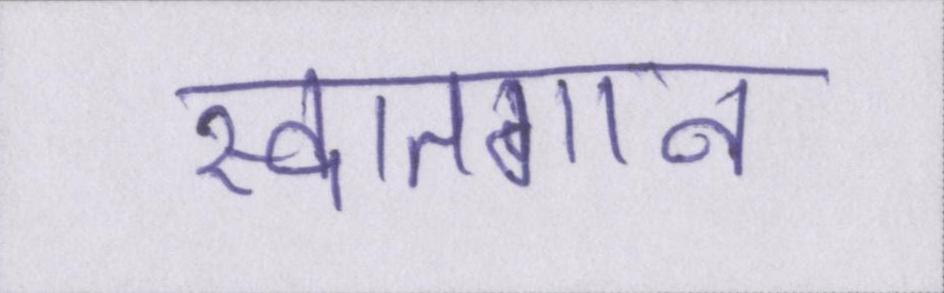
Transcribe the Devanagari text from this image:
स्वातगान